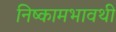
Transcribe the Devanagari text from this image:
निष्कामभावथी